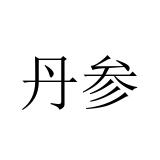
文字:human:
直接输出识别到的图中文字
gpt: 丹参